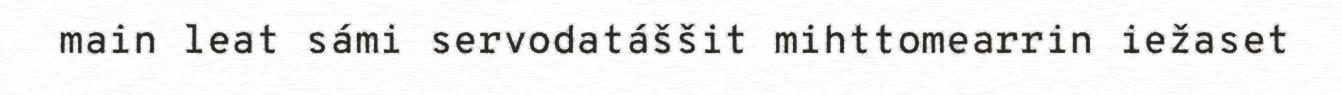
main leat sámi servodatáššit mihttomearrin iežaset